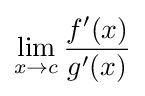
\lim _{x\to c}{\frac {f'(x)}{g'(x)}}